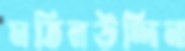
মতিনউদ্দিন